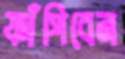
ফাঁপিবেন